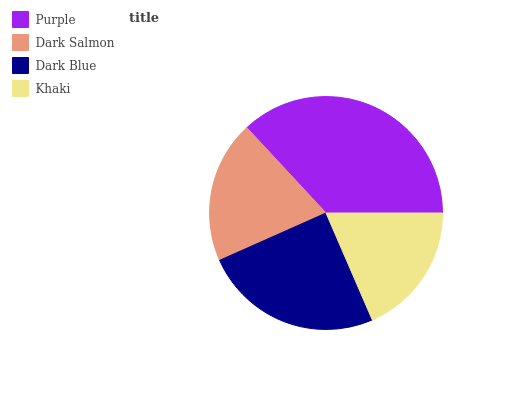
| Purple | Dark Salmon | Dark Blue | Khaki |
 | --- | --- | --- | --- |
 | 36.9% | 19.7% | 24.8% | 18.5% |